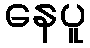
နေပူ